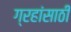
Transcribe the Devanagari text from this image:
ग्रहांसाठी